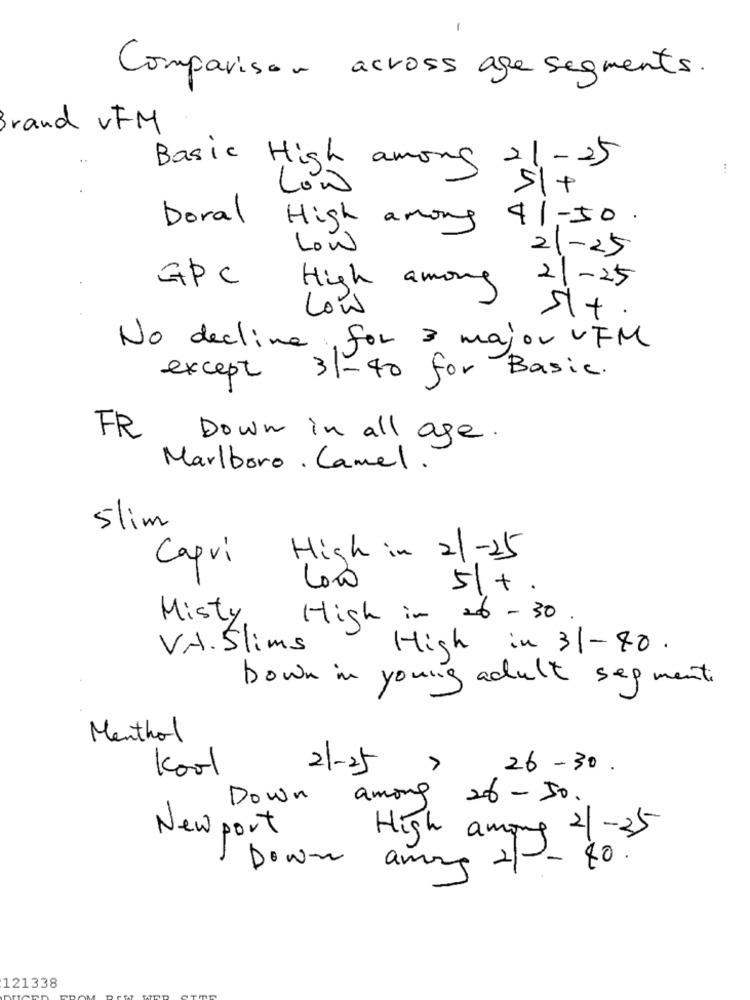
1
across age segments.
Comparison
rand vFM
21-25
Basic High among
Low
51+
Doral
41-50.
High among
Low
21-25
GPC
High among
21-25
Low
5+.
No decline for 3 major UFM
except
31-40 for Basic.
FR Down in all age .
Marlboro. Camel.
Slim
Capri
High in 21-25
Loro
5+.
Misty
High in 26 - 30
VA. Slims
High in 31-80.
Down in young adult segment.
Menthol
Kool
26-30.
21-25
Down among 26 -50.
High among 2 -35
New port
Down among 2/ -- 40.
121338